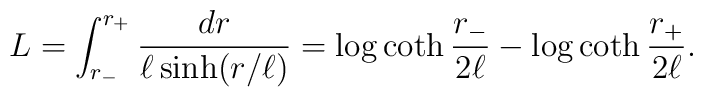
L=\int_{r_-}^{r_+}\frac{dr}{\ell\sinh(r/\ell)}=\log\coth{r_-\over 2\ell}-\log\coth{r_+\over 2\ell}.